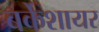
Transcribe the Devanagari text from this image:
बर्केशायर